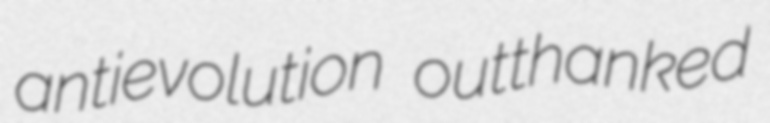
antievolution outthanked